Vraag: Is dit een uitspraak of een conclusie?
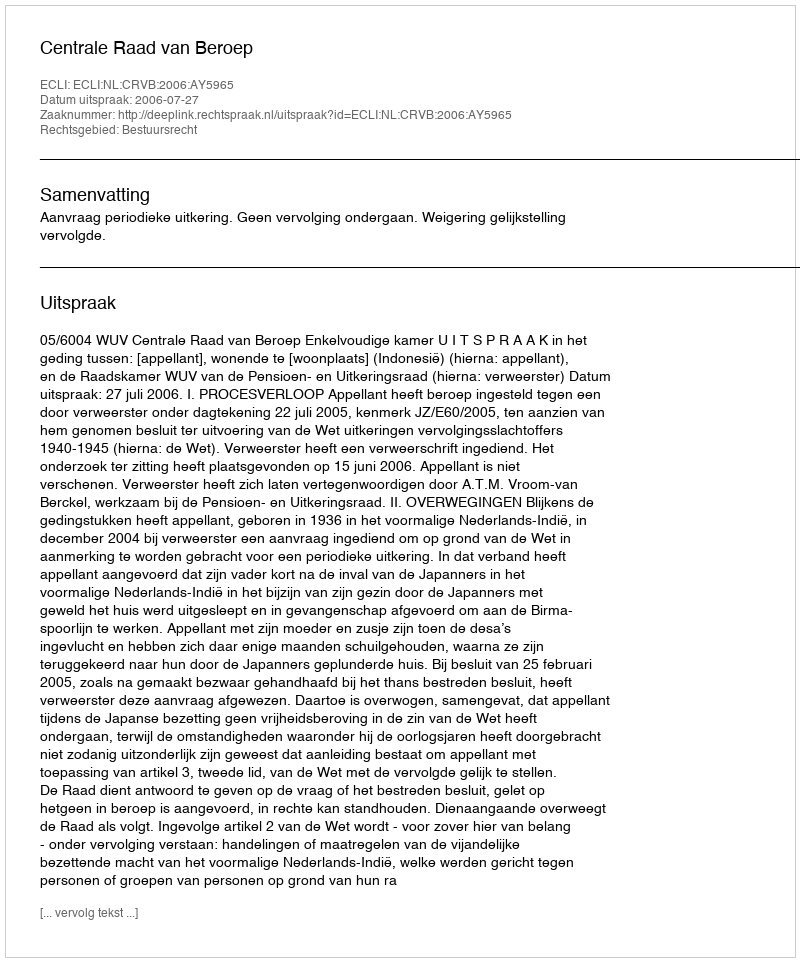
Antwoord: Uitspraak